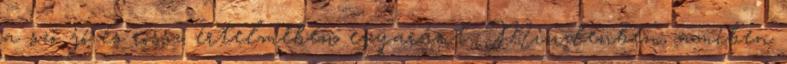
a szó jó és rossz értelmében egyaránt. Mindenben, amiben